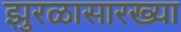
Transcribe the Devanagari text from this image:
झुरळासारख्या